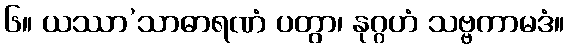
၆။ ယဿာ’သာဓာရဏံ ပတွာ၊ နုဂ္ဂဟံ သဗ္ဗကာမဒံ။